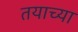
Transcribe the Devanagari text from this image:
तयाच्या